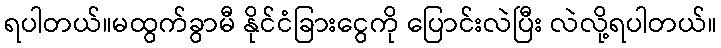
ရပါတယ်။မထွက်ခွာမီ နိုင်ငံခြားငွေကို ပြောင်းလဲပြီး လဲလို့ရပါတယ်။